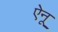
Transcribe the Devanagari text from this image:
ऐनू